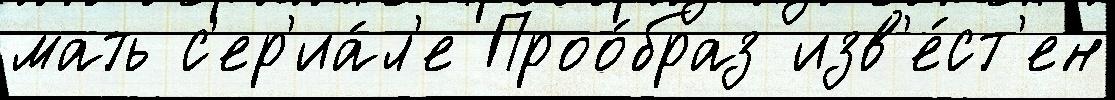
мать с'ер'иа́л'е Проо́браз изв'е́ст'ен